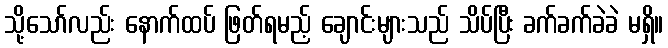
သို့သော်လည်း နောက်ထပ် ဖြတ်ရမည့် ချောင်းများသည် သိပ်ပြီး ခက်ခက်ခဲခဲ မရှိ။